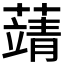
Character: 𦽴